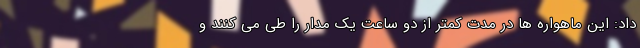
داد: این ماهواره ها در مدت کمتر از دو ساعت یک مدار را طی می کنند و